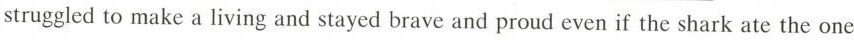
struggled to make a living and stayed brave and proud even if the shark ate the one